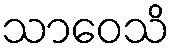
သာဝေသိ